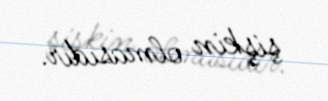
şişkin olmasıdır.